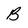
Character: B